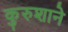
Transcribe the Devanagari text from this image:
कुरुशाने